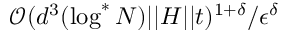
\mathcal { O } ( d ^ { 3 } ( \log ^ { * } N ) \vert \vert H \vert \vert t ) ^ { 1 + \delta } / \epsilon ^ { \delta }